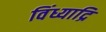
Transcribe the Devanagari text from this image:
विंध्याद्रि